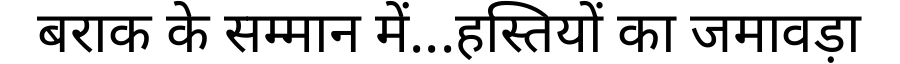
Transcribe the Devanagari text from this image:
बराक के सम्मान में...हस्तियों का जमावड़ा